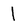
Character: l